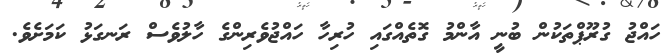
ހައްޖު ގުރޫޕްތަކުން ބުނީ އާންމު ގޮތެއްގައި ހުރިހާ ހައްޖުވެރިންގެ ހާލުވެސް ރަނގަޅު ކަމަށެވެ.